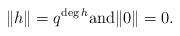
LaTeX: \begin{align*}\|h\| = q^{\deg h} \mbox{and} \|0\|=0.\end{align*}